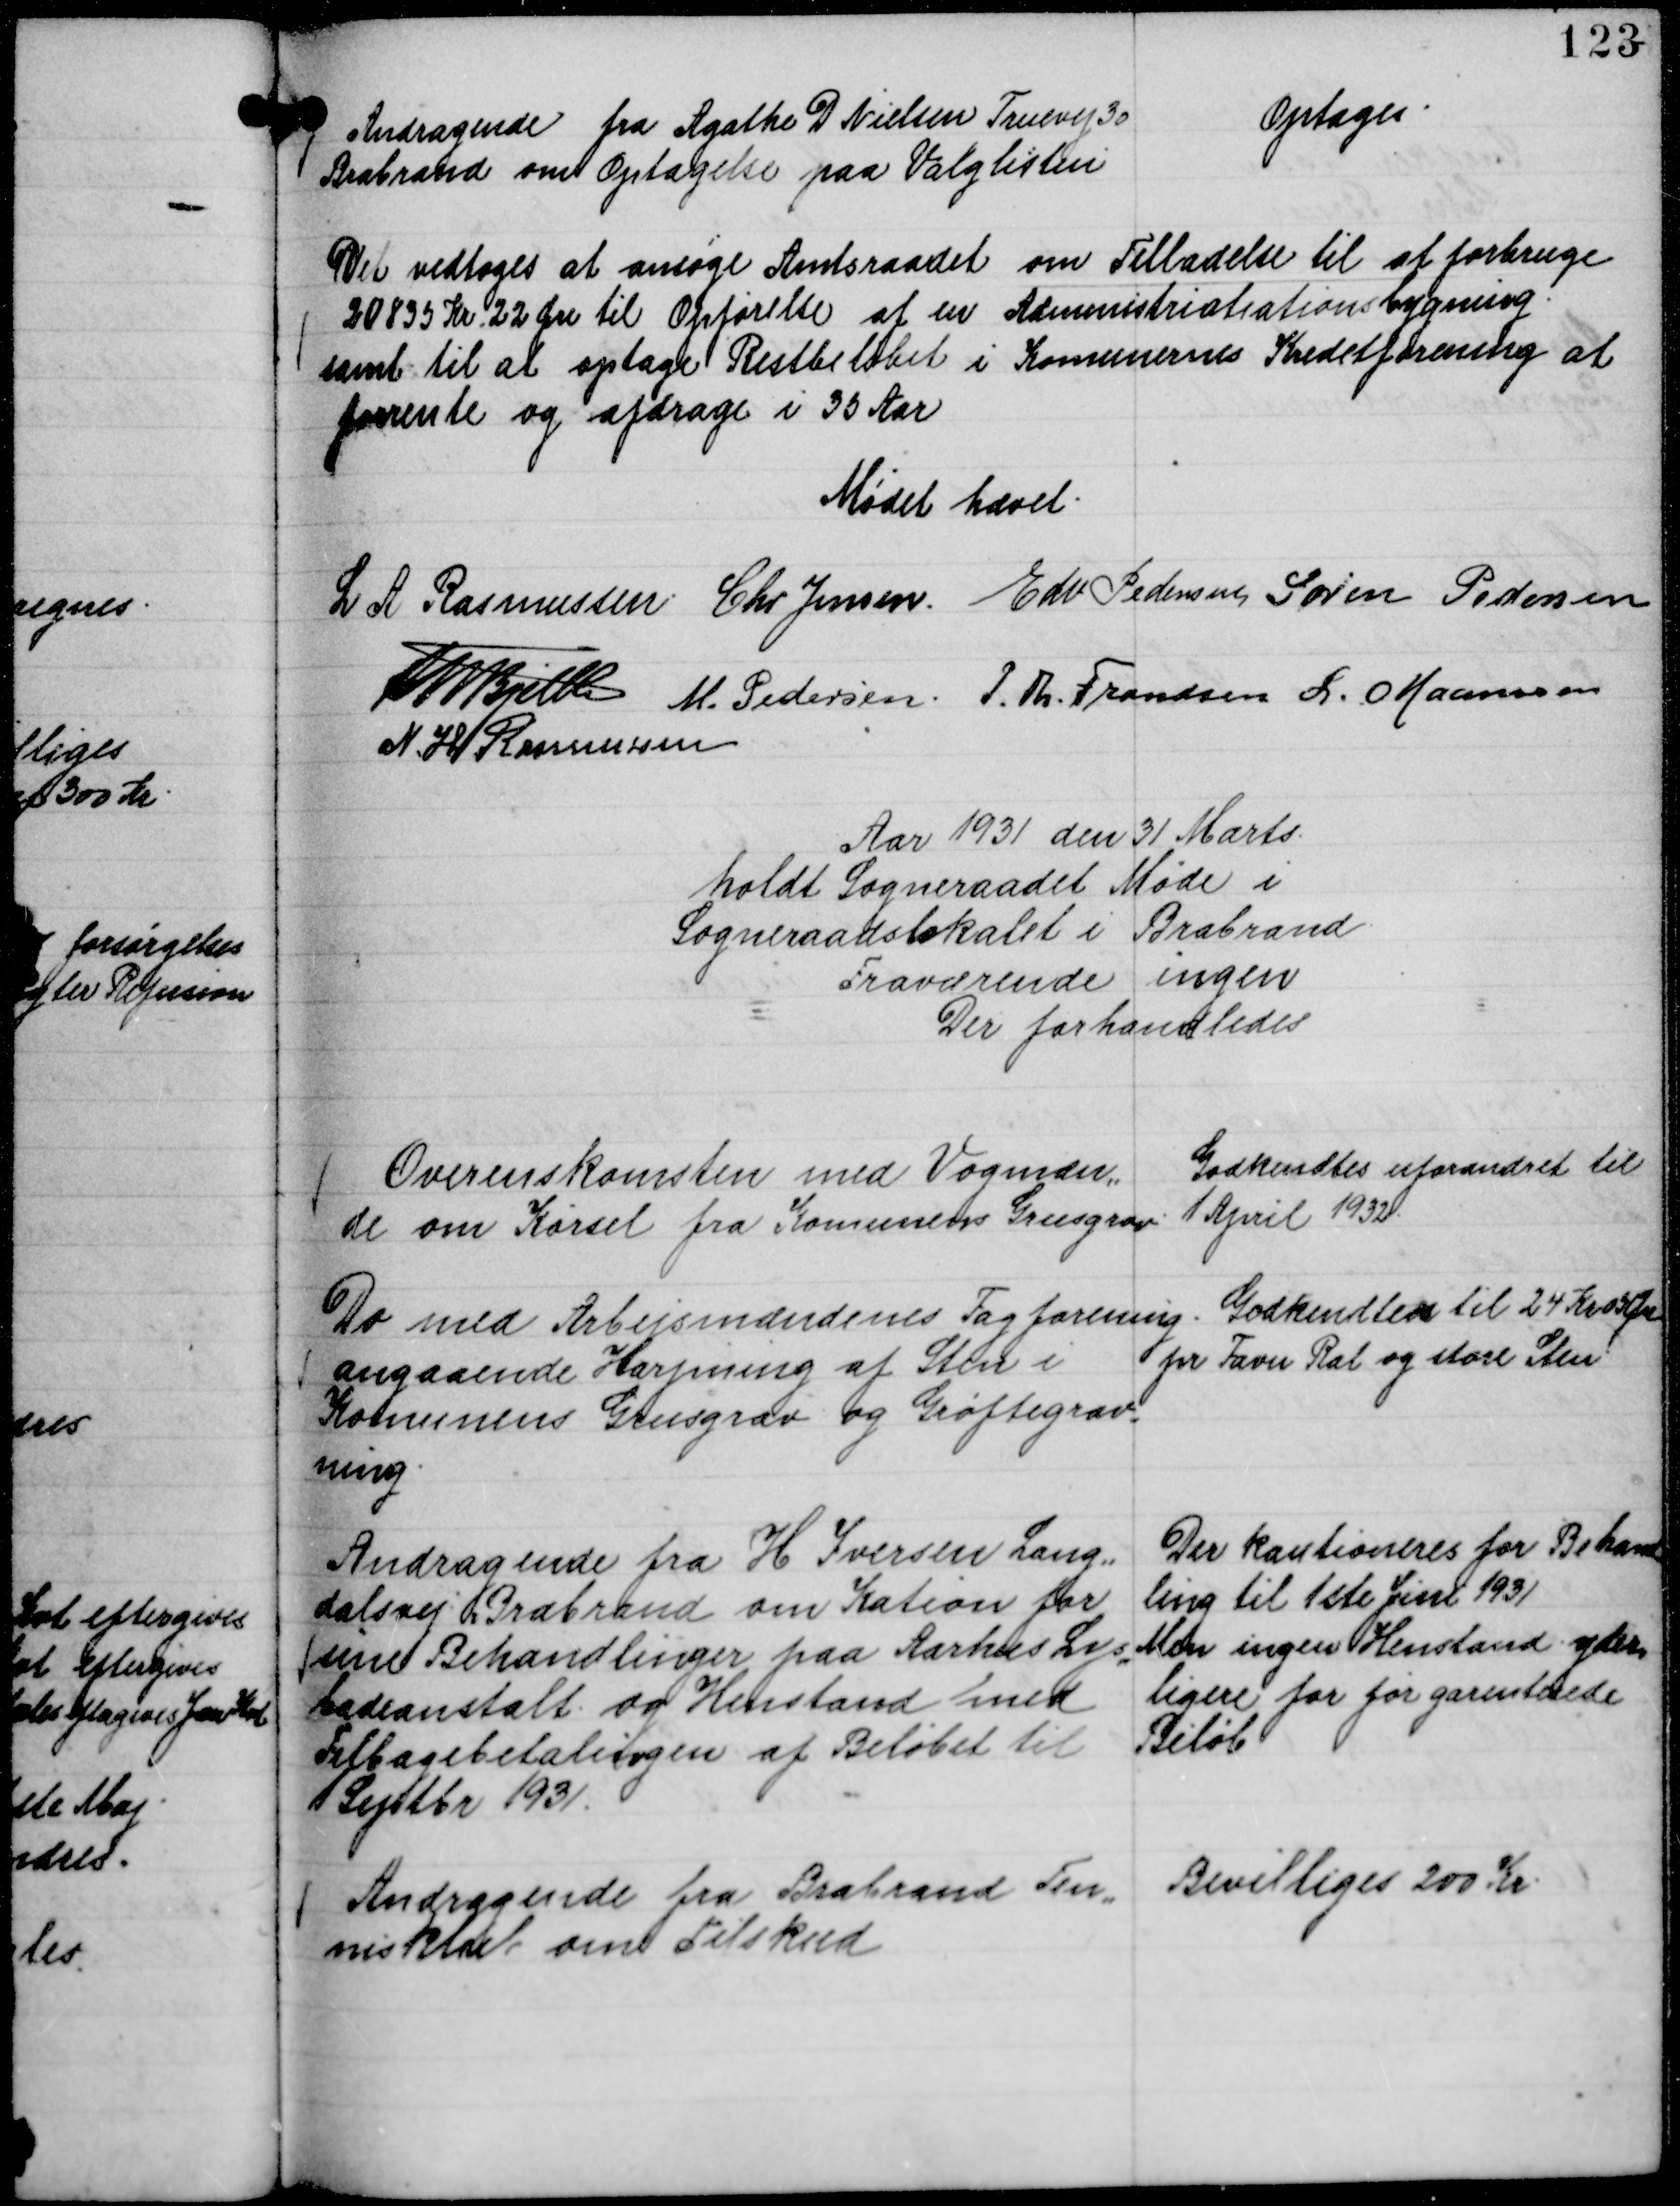
Transskription:
Andragende fra Agathe D Nielsen Truevej 30
Brabrand om Optagelse paa Valglisten

Optages.

Det vedtoges at ansøge Amtsraadet om Tilladelse til at forbruge
20835 Kr. 22 Øre til Opførelse af en Administriatiationsbygning.
samt til at optage Restbeløbet i Komunernes Kreditforening at
forrente og afdrage i 35 Aar

Mødet hævet.
L A Rasmussen
Chr Jensen.
Edv Pedersen
Søren Pedersen
Th Bjelke
M. Pedersen.
P. Th. Frandsen
L. Maansson
N. H Rasmussen

Aar 1931 den 31 Marts
holdt Sogneraadet Møde i
Sogneraadslokalet i Brabrand.
Fraværende ingen
Der forhandledes

Overenskomsten med Vogmæn,,
de om Kørsel fra Komunens Grusgrav

Godkendtes uforandret til
1 April 1932.

Do med Arbejsmændenes Fagforening.
angaaende Harpning af Sten i
Komunens Grusgrav og Grøftegrav,,
ning.

Godkendtes til 24 Kr 05 Øre
pr Favn Ral og store Sten.

Andragende fra H Iversen Lang,,
dalsvej, Brabrand om Kation for
sine Behandlinger paa Aarhus Lys,,
badeanstalt og Henstand med
Tilbagebetalingen af Beløbet til
Septbr 1931.

Der kautioneres for Behand,,
ling til 1ste Juni 1931
Men ingen Henstand yder,,
ligere for før garenterede
Beløb

Andragende fra Brabrand Ten,,
nisklub om Tilskud

Bevilliges 200 Kr.